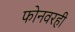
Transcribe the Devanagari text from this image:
फोनवरही